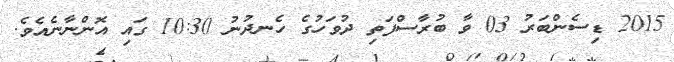
2015 ޑިސެންބަރު 03 ވާ ބުރާސްފަތި ދުވަހުގެ ހެނދުނު 10:30 ގައި އޮންނާނެއެވެ.